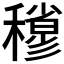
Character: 𥣀